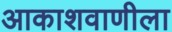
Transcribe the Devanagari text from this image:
आकाशवाणीला